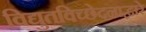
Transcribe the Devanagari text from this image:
विद्युतविच्छेदनाद्वारे